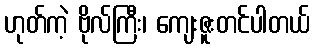
ဟုတ်ကဲ့ ဗိုလ်ကြီး၊ ကျေးဇူးတင်ပါတယ်